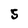
Character: S